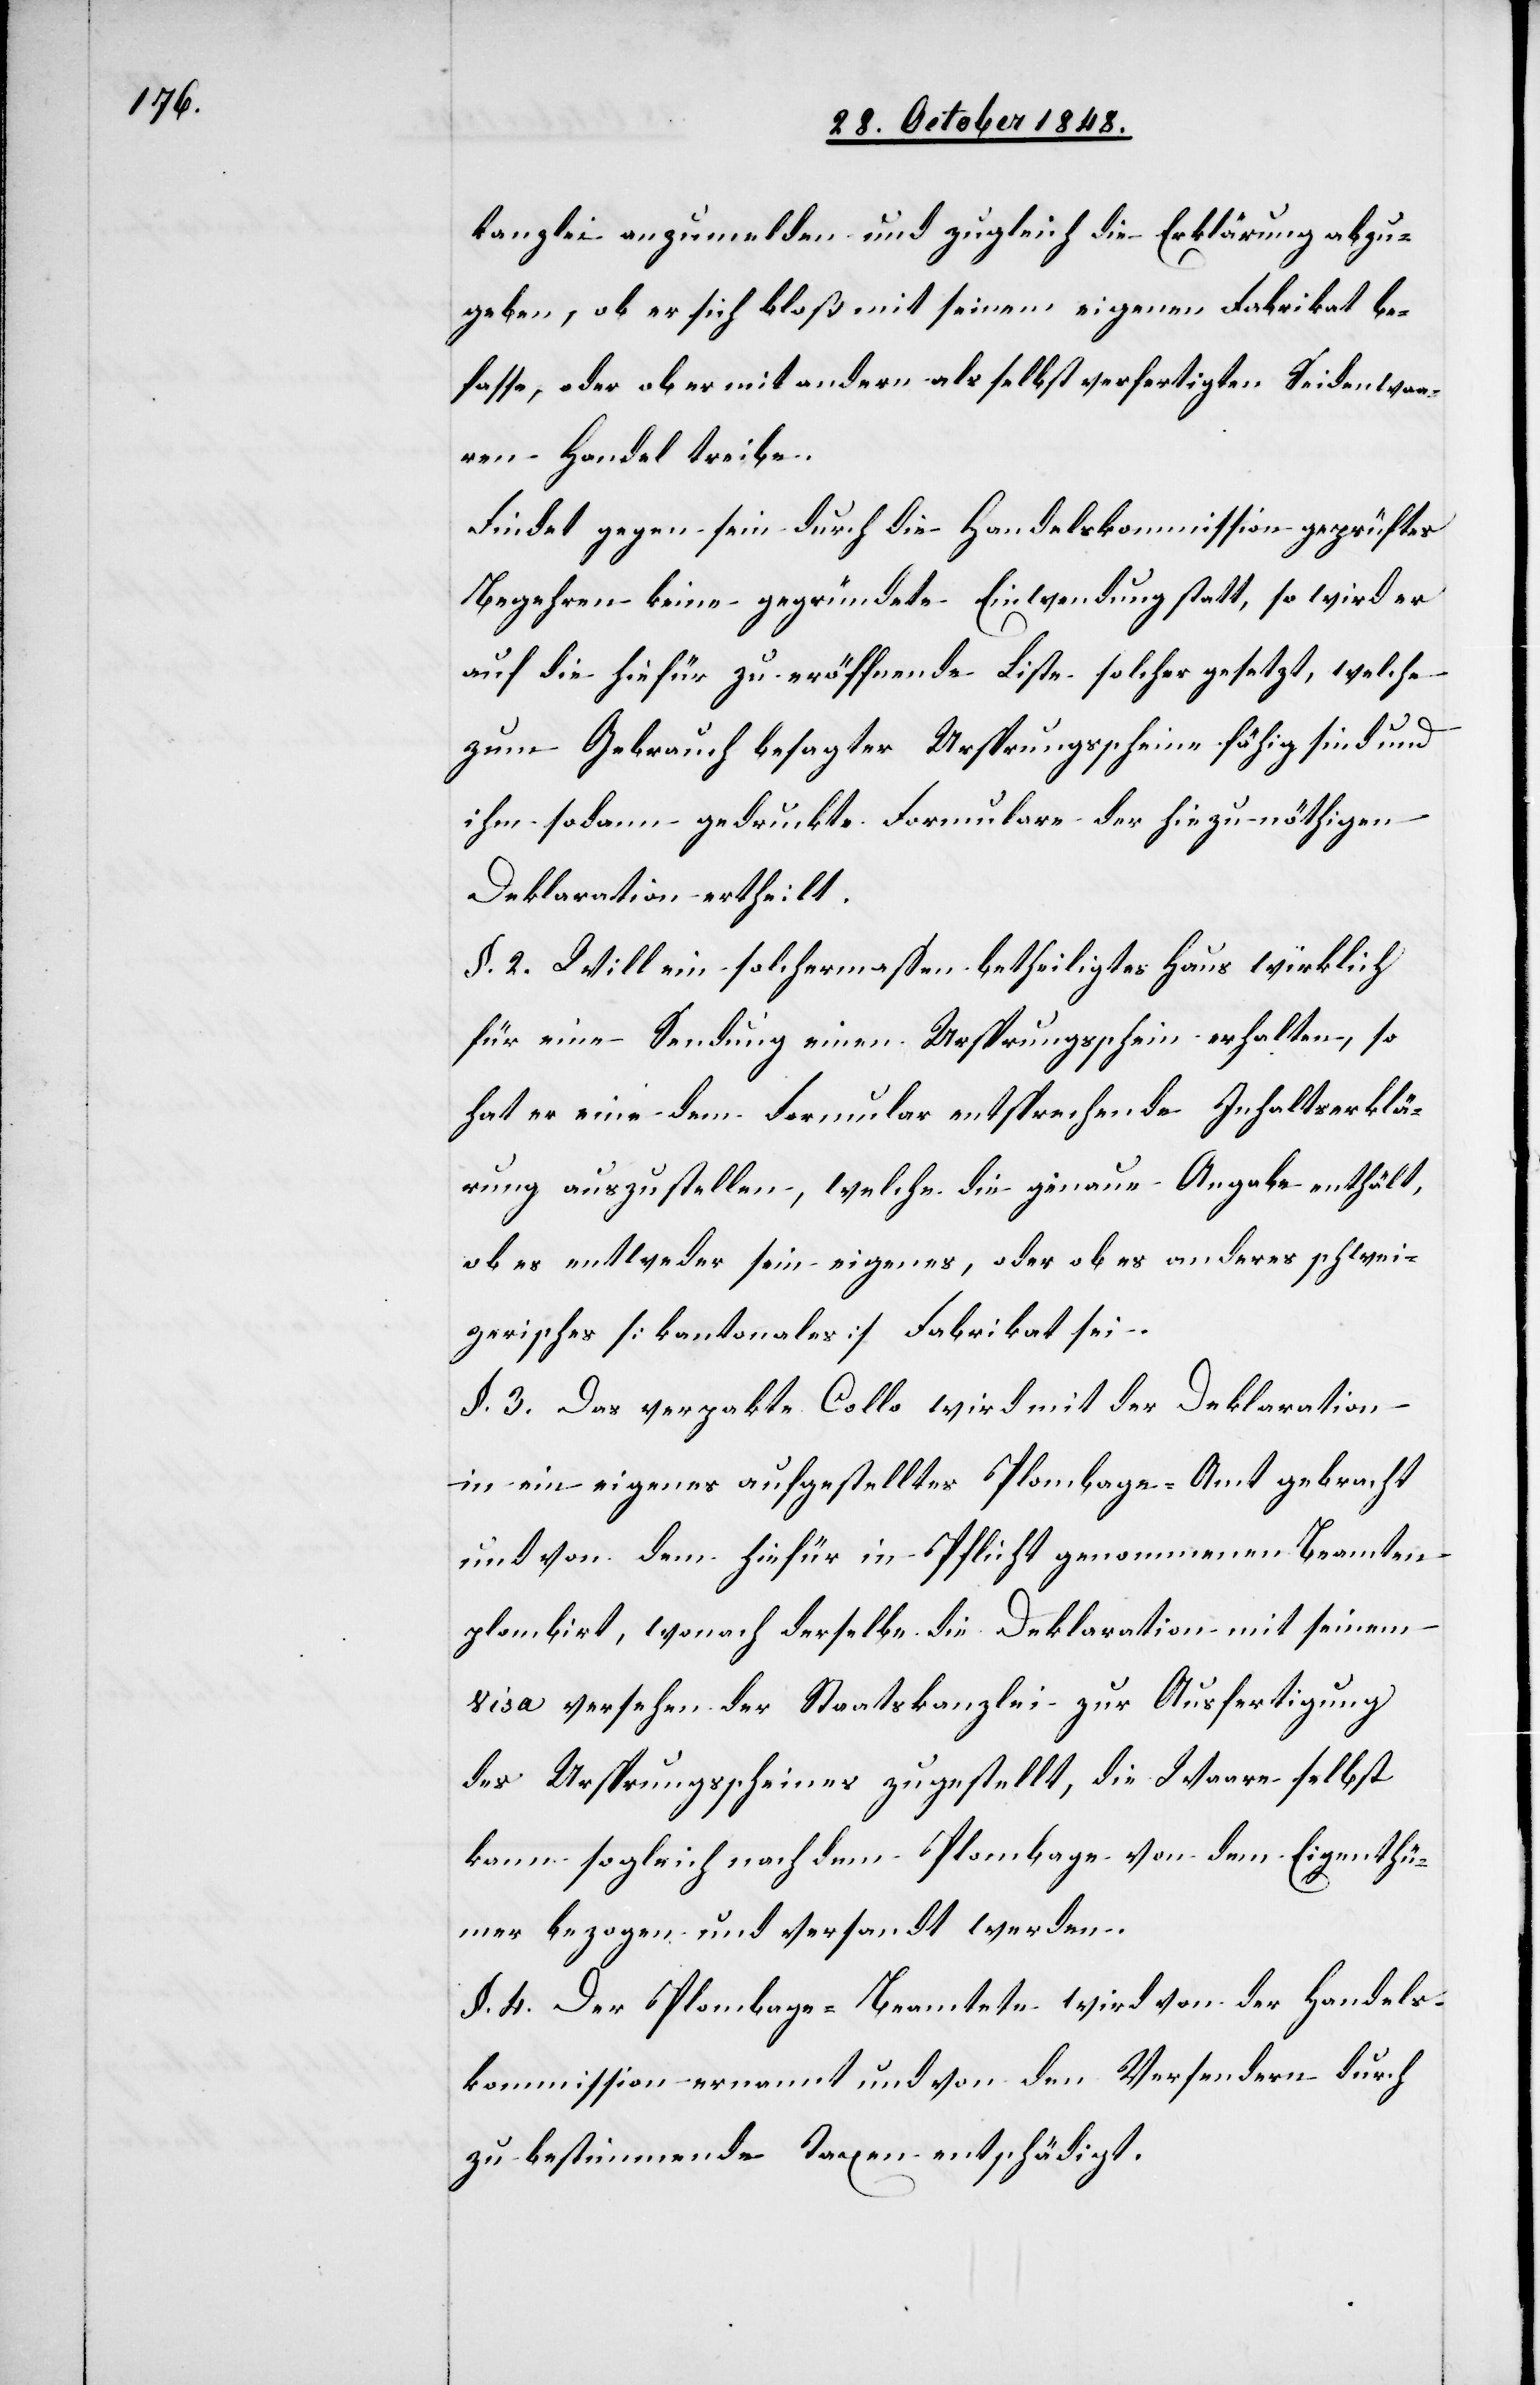
kanzlei anzumelden und zugleich die Erklärung abzu¬
geben, ob er sich bloß mit einem eigenen Fabrikat be¬
fasse, oder ob er mit andern als selbst verfertigten Seidenwaa¬
ren Handel treibe.
Findet gegen sein durch die Handelskommission geprüftes
Begehren keine gegründete Einwendung statt, so wird er
auf die hiefür zu eröffnende Liste solcher gesetzt, welche
zum Gebrauch besagter Ursprungsscheine fähig sind und
ihm sodann gedruckte Formulare der hiezu nöthigen
Deklaration ertheilt.
§. 2. Will ein solchermaßen betheiligtes Haus wirklich
für eine Sendung einen Ursprungsschein erhalten, so
hat er eine dem Formular entsprechende Inhaltserklä¬
rung auszustellen, welche die genaue Angabe enthält,
ob es entweder sein eigenes, oder ob es anderes schwei¬
zerisches [kantonales] Fabrikat sei.
§. 3. Das verpakte Collo wird mit der Deklaration
in ein eigenes aufgestelltes Plombage-Amt gebracht
und von dem hiefür in Pflicht genommenen Beamten
plombirt, wonach derselbe die Deklaration mit seinem
Visa versehen der Staatskanzlei zur Ausfertigung
des Ursprungsscheines zugestellt, die Waare selbst
kann sogleich nach dem Plombage von dem Eigenthü¬
mer bezogen und versandt werden.
§. 4. Der Plombage-Beamtete wird von der Handels¬
kommission ernannt und von den Versendern durch
zu bestimmende Taxen entschädigt.